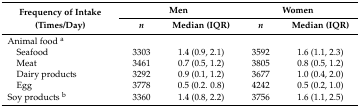
| Frequency of Intake | <COLSPAN=2> Men | <COLSPAN=2> Women |
 | (Times/Day) | n | Median (IQR) | n | Median (IQR) |
 | --- | --- | --- | --- | --- |
 | Animal food a |  |  |  |  |
 | Seafood | 3303 | 1.4 (0.9, 2.1) | 3592 | 1.6 (1.1, 2.3) |
 | Meat | 3461 | 0.7 (0.5, 1.2) | 3805 | 0.8 (0.5, 1.2) |
 | Dairy products | 3292 | 0.9 (0.1, 1.2) | 3677 | 1.0 (0.4, 2.0) |
 | Egg | 3778 | 0.5 (0.2. 0.8) | 4242 | 0.5 (0.2, 1.0) |
 | Soy products b | 3360 | 1.4 (0.8, 2.2) | 3756 | 1.6 (1.1, 2.5) |